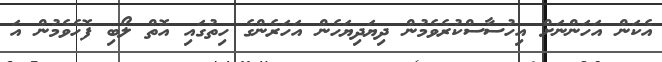
އެކަން އަހަންނަށް އިހުސާސްކުރެވެމުން ދިޔަދިޔަހެން އަހަރެންގެ ހިތުގައި އޮތް ލޯބި ފޮހެވެމުން އަ